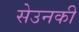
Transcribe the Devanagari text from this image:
सेउनकी